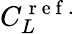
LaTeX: C_{L}^{\mathrm{~r~e~f~.~}}